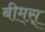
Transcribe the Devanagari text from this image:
बीम्‌स्